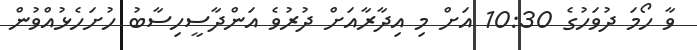
ވާ ހޯމަ ދުވަހުގެ 10:30 އަށް މި އިދާރާއަށް ދުރުވެ އަންދާސީހިސާބު ހުށަހެޅުއްވުން